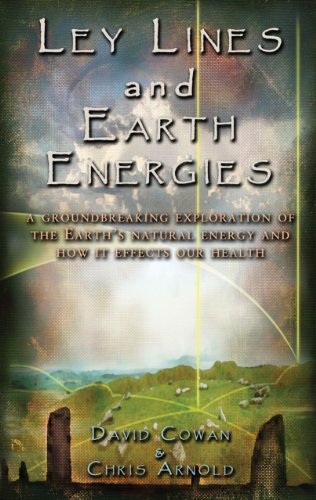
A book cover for Ley Lines and Earth Energies: A Groundbreaking Exploration of the Earth's Natural Energy and How It Affects Our Health; David R. Cowan; Religion & Spirituality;